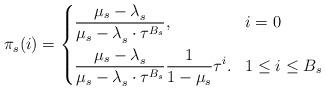
LaTeX: \begin{align*}\pi_s(i)=\left\{\begin{aligned}&\frac{\mu_s-\lambda_s^{}}{\mu_s-\lambda_s^{} \cdot \tau^{B_s}}, & &i=0 \\&\frac{\mu_s-\lambda_s^{}}{\mu_s-\lambda_s^{} \cdot \tau^{B_s}} \frac{1}{1-\mu_s} \tau^i. & &1\leq i \leq B_s\end{aligned}\right. \end{align*}